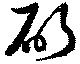
斫